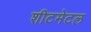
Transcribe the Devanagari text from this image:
शीटमेटल